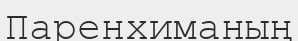
Паренхиманың